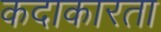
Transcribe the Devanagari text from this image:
कदाकारता